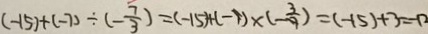
( - 1 5 ) + ( - 7 ) \div ( - \frac { 7 } { 3 } ) = ( - 1 5 ) + ( - 1 ) \times ( - \frac { 3 } { 9 } ) = ( - 1 5 ) + 3 = 0